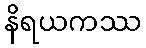
နိရယကဿ